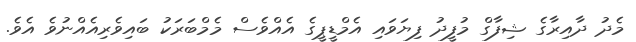
މެދު ދާއިރާގެ ޝިފާގް މުފީދު ފިޔަވައި އެމްޑީޕީގެ އެއްވެސް މެމްބަރަކު ބައިވެރިއެއްނުވެ އެވެ.